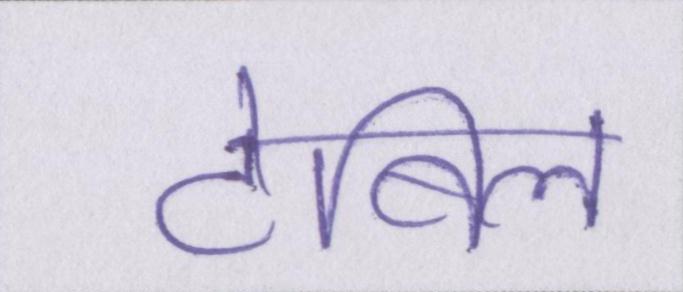
टेबिल